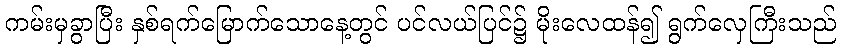
ကမ်းမှခွာပြီး နှစ်ရက်မြောက်သောနေ့တွင် ပင်လယ်ပြင်၌ မိုးလေထန်၍ ရွက်လှေကြီးသည်